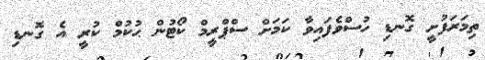
ތިމަރަފުށީ ގޮނޑި ހުސްވެފައިވާ ކަމަށް ސްޕްރީމް ކޯޓުން ޙުކުމް ކުރީ އެ ގޮނޑި